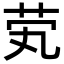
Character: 䒯